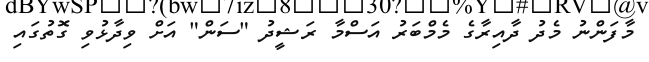
މާފަންނު މެދު ދާއިރާގެ މެމްބަރު އަސްމާ ރަޝީދު "ސަން" އަށް ވިދާޅުވި ގޮތުގައި